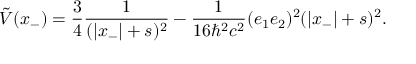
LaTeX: \tilde { V } ( x _ { - } ) = \frac { 3 } { 4 } \frac { 1 } { ( | x _ { - } | + s ) ^ { 2 } } - \frac { 1 } { 1 6 { \hbar } ^ { 2 } c ^ { 2 } } ( e _ { 1 } e _ { 2 } ) ^ { 2 } ( | x _ { - } | + s ) ^ { 2 } .